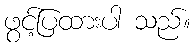
ဖွင့်ပြထားပါ သည်။